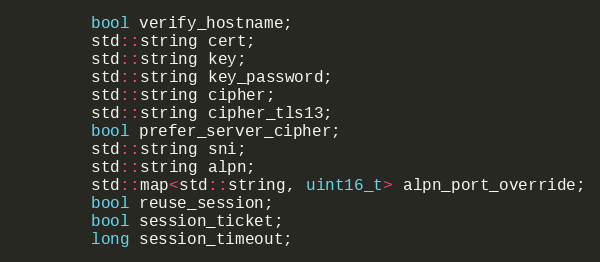
Language: C
        bool verify_hostname;
        std::string cert;
        std::string key;
        std::string key_password;
        std::string cipher;
        std::string cipher_tls13;
        bool prefer_server_cipher;
        std::string sni;
        std::string alpn;
        std::map<std::string, uint16_t> alpn_port_override;
        bool reuse_session;
        bool session_ticket;
        long session_timeout;